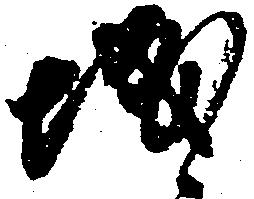
城